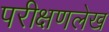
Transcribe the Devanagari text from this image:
परीक्षणलेख